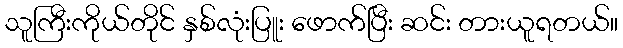
သူကြီးကိုယ်တိုင် နှစ်လုံးပြူး ဖောက်ပြီး ဆင်း တားယူရတယ်။